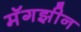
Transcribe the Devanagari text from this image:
मॅगझीन